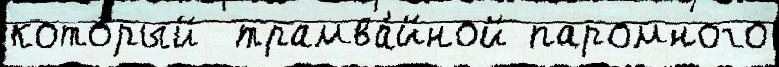
кото́рый  трамва́йной паромного